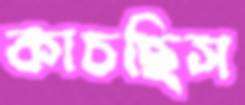
কাচছিস